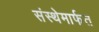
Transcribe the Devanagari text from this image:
संस्‍थेमार्फत